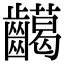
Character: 𪙰